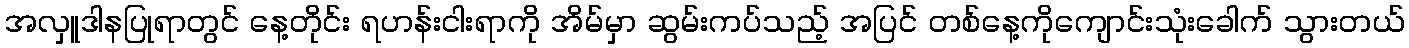
အလှူဒါနပြုရာတွင် နေ့တိုင်း ရဟန်းငါးရာကို အိမ်မှာ ဆွမ်းကပ်သည့် အပြင် တစ်နေ့ကိုကျောင်းသုံးခေါက် သွားတယ်